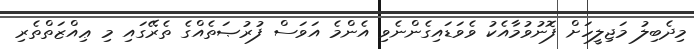
މިދެބިލު މަޖިލީހަށް ފޮނުވުމާއެކު ވެވަޑައިގެންނެވި އެންމެ އަވަސް ފުރުޞަތެއްގެ ތެރޭގައި މި ޢިއްޒަތްތެރި